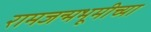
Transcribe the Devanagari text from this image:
रामजन्मभूमीच्या